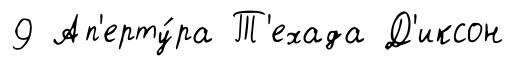
9 Ап'ерту́ра Т'ехада Д'иксон